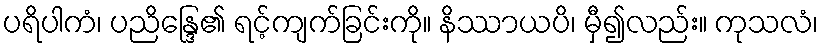
ပရိပါကံ၊ ပညိန္ဒြေ၏ ရင့်ကျက်ခြင်းကို။ နိဿာယပိ၊ မှီ၍လည်း။ ကုသလံ၊